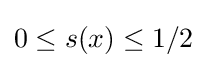
0\leq s(x)\leq 1/2